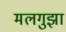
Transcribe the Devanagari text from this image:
मलगुझा